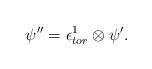
LaTeX: \begin{align*} \psi''= \epsilon^1_{tor}\otimes \psi' . \end{align*}